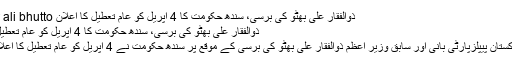
ذوالفقار علی بھٹو کی برسی، سندھ حکومت کا 4 اپریل کو عام تعطیل کا اعلان zulfiqar ali bhutto
ذوالفقار علی بھٹو کی برسی، سندھ حکومت کا 4 اپریل کو عام تعطیل کا اعلان
کراچی: پاکستان پیپلزپارٹی بانی اور سابق وزیر اعظم ذوالفقار علی بھٹو کی برسی کے موقع پر سندھ حکومت نے 4 اپریل کو عام تعطیل کا اعلان کیا ہے۔